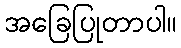
အခြေပြုတာပါ။